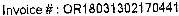
INVOICE # : OR18031302170441